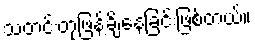
သတင်းတုဖြန့်ချိနေခြင်းဖြစ်တယ်။